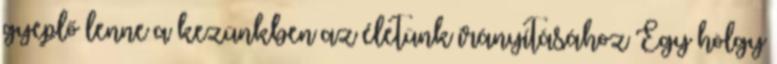
gyeplő lenne a kezünkben az életünk irányításához Egy hölgy